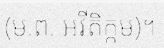
(ម.ព. អវីតិក្កម)។